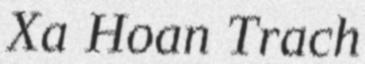
Xa Hoan Trach